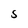
Character: S